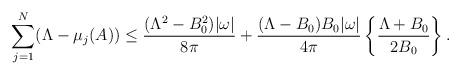
LaTeX: \begin{align*}\sum_{j=1}^N(\Lambda-\mu_j(A))\le\frac{(\Lambda^2-B_0^2)|\omega|}{8\pi}+\frac{(\Lambda-B_0) B_0|\omega|}{4\pi}\left\{\frac{\Lambda+B_0}{2B_0}\right\}.\end{align*}